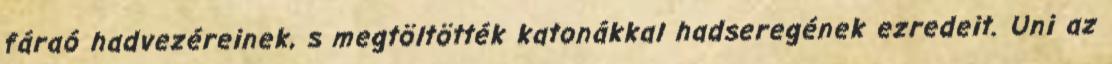
fáraó hadvezéreinek, s megtöltötték katonákkal hadseregének ezredeit. Uni az